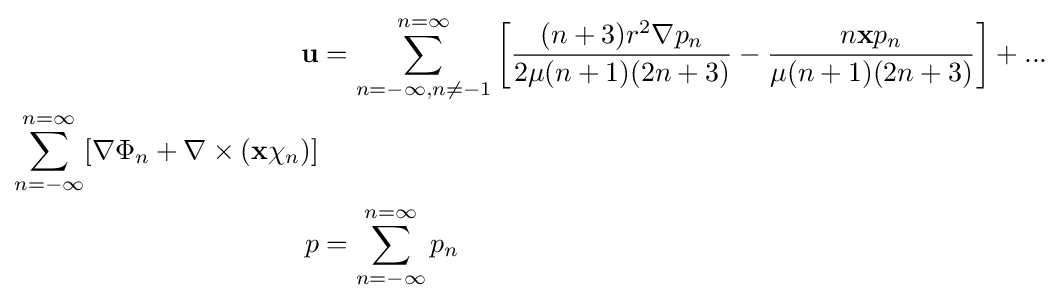
{\begin{aligned}\mathbf {u} &=\sum _{n=-\infty ,n\neq -1}^{n=\infty }\left[{\frac {(n+3)r^{2}\nabla p_{n}}{2\mu (n+1)(2n+3)}}-{\frac {n\mathbf {x} p_{n}}{\mu (n+1)(2n+3)}}\right]+...\\\sum _{n=-\infty }^{n=\infty }[\nabla \Phi _{n}+\nabla \times (\mathbf {x} \chi _{n})]\\p&=\sum _{n=-\infty }^{n=\infty }p_{n}\end{aligned}}